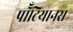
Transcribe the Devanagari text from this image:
पॉँटियानस